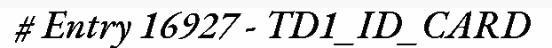
# Entry 16927 - TD1_ID_CARD